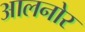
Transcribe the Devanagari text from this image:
आलनोर